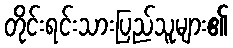
တိုင်းရင်းသားပြည်သူများ၏